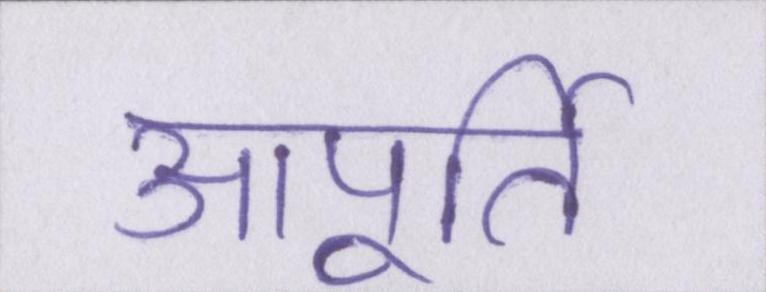
आपूर्ति